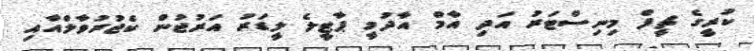
ކުރީގެ ޗީފް މިނިސްޓަރު އަދި އާމް އާދުމީ ޕާޓީލެ ލީޑަރު އަރުޖުން ކެޖުރުވާލްއާއި